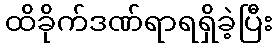
ထိခိုက်ဒဏ်ရာရရှိခဲ့ပြီး